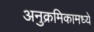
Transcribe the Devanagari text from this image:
अनुक्रमिकामध्ये